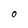
Character: O